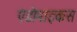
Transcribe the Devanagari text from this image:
एंडोमाइकस